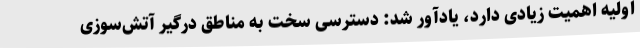
اولیه اهمیت زیادی دارد، یادآور شد: دسترسی سخت به مناطق درگیر آتش‌سوزی